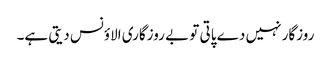
روزگار نہیں دے پاتی تو بے روزگاری الاؤنس دیتی ہے۔